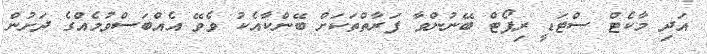
އަދި މާކެޓް ސްޓަޑީ ރިޕޯޓް ބޭނުންވާ ފަރާތްތަކަށް ބޭންކާއެކު ވެވޭ އެއްބަސްވުމެއްގެ ދަށުން